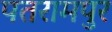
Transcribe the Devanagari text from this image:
पतरामपुर